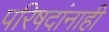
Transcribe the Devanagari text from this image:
परिषदांनाही